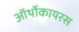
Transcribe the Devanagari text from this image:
ऑर्थोकायरस